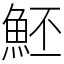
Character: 魾